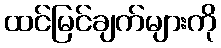
ထင်မြင်ချက်များကို